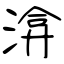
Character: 渰